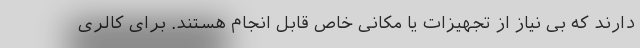
دارند که بی نیاز از تجهیزات یا مکانی خاص قابل انجام هستند. برای کالری